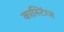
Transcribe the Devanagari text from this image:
कास्टिंग्ज